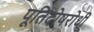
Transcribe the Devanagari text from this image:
पूतिदोषरोधी